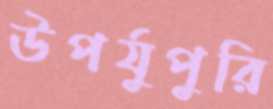
উপর্যুপুরি